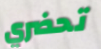
تحضري